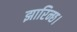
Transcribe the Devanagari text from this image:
झारिन्छ।